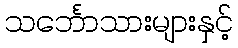
သင်္ဘောသားများနှင့်